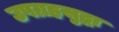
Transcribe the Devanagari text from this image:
उपग्रहसुद्धा